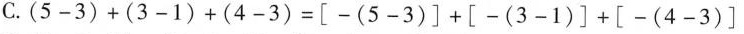
C.$$( 5 - 3 ) + ( 3 - 1 ) + ( 4 - 3 ) = [ - ( 5 - 3 ) ] + [ - ( 3 - 1 ) ] + [ - ( 4 - 3 ) ]$$